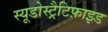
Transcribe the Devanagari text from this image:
स्यूडोस्ट्रैटिफ़ाइड